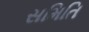
સમિતિ